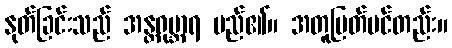
နုတ်ခြင်းသည် အန္တရုဗ္ဘာရ မည်၏။ အတူပြတ်ပင်တည်း။